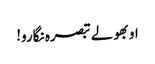
او بھولے تبصرہ نگارو!